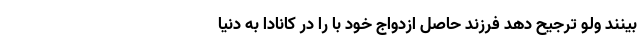
بینند ولو ترجیح دهد فرزند حاصل ازدواج خود با را در کانادا به دنیا